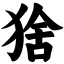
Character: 猞